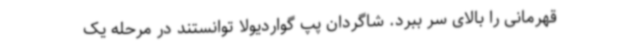
قهرمانی را بالای سر ببرد. شاگردان پپ گواردیولا توانستند در مرحله یک